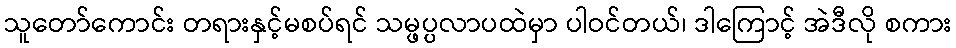
သူတော်ကောင်း တရားနှင့်မစပ်ရင် သမ္ဖပ္ပလာပထဲမှာ ပါဝင်တယ်၊ ဒါကြောင့် အဲဒီလို စကား